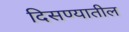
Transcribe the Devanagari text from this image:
दिसण्यातील